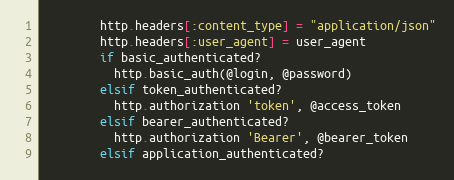
Language: Ruby
        http.headers[:content_type] = "application/json"
        http.headers[:user_agent] = user_agent
        if basic_authenticated?
          http.basic_auth(@login, @password)
        elsif token_authenticated?
          http.authorization 'token', @access_token
        elsif bearer_authenticated?
          http.authorization 'Bearer', @bearer_token
        elsif application_authenticated?